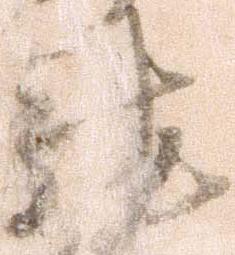
馳